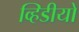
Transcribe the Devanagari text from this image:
व्हिडीयो